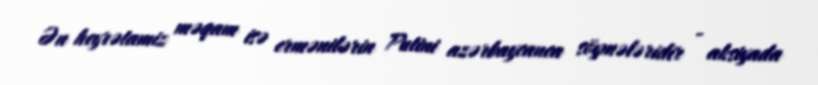
Ən heyrətamiz məqam isə ermənilərin Putini azərbaycanca söymələridir - aksiyada